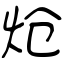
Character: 炝